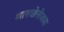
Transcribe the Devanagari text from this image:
शास्त्रोत्तेजक